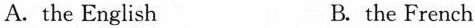
A. the English B. the French